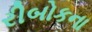
રીબોકના